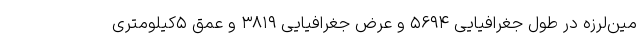
مین‌لرزه در طول جغرافیایی ۵۶۹۴ و عرض جغرافیایی ۳۸۱۹ و عمق ۵کیلومتری